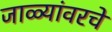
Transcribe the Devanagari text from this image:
जाळ्यांवरचे